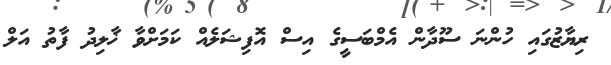
ރިޔާޒުގައި ހުންނަ ސޫދާން އެމްބަސީގެ އިސް އޮފިޝަލެއް ކަމަށްވާ ޚާލިދު ފާތު އަލް